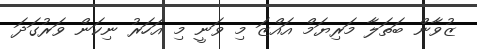
ޒުވާން ބަތަލާ މަރިޔަމް އައްޒަ މި ވަނީ މި އަހަރު ނިކަން ވަރުގަދަ